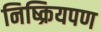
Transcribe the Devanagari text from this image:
निष्क्रियपण